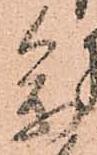
参